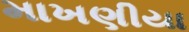
માખણીયા